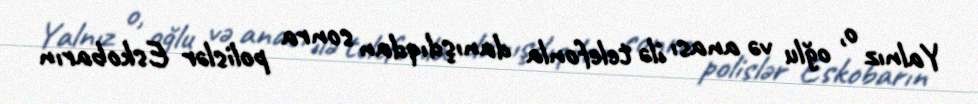
Yalnız o, oğlu və anası ilə telefonla danışdıqdan sonra polislər Eskobarın